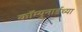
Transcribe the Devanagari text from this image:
कॉम्युनार्डच्या